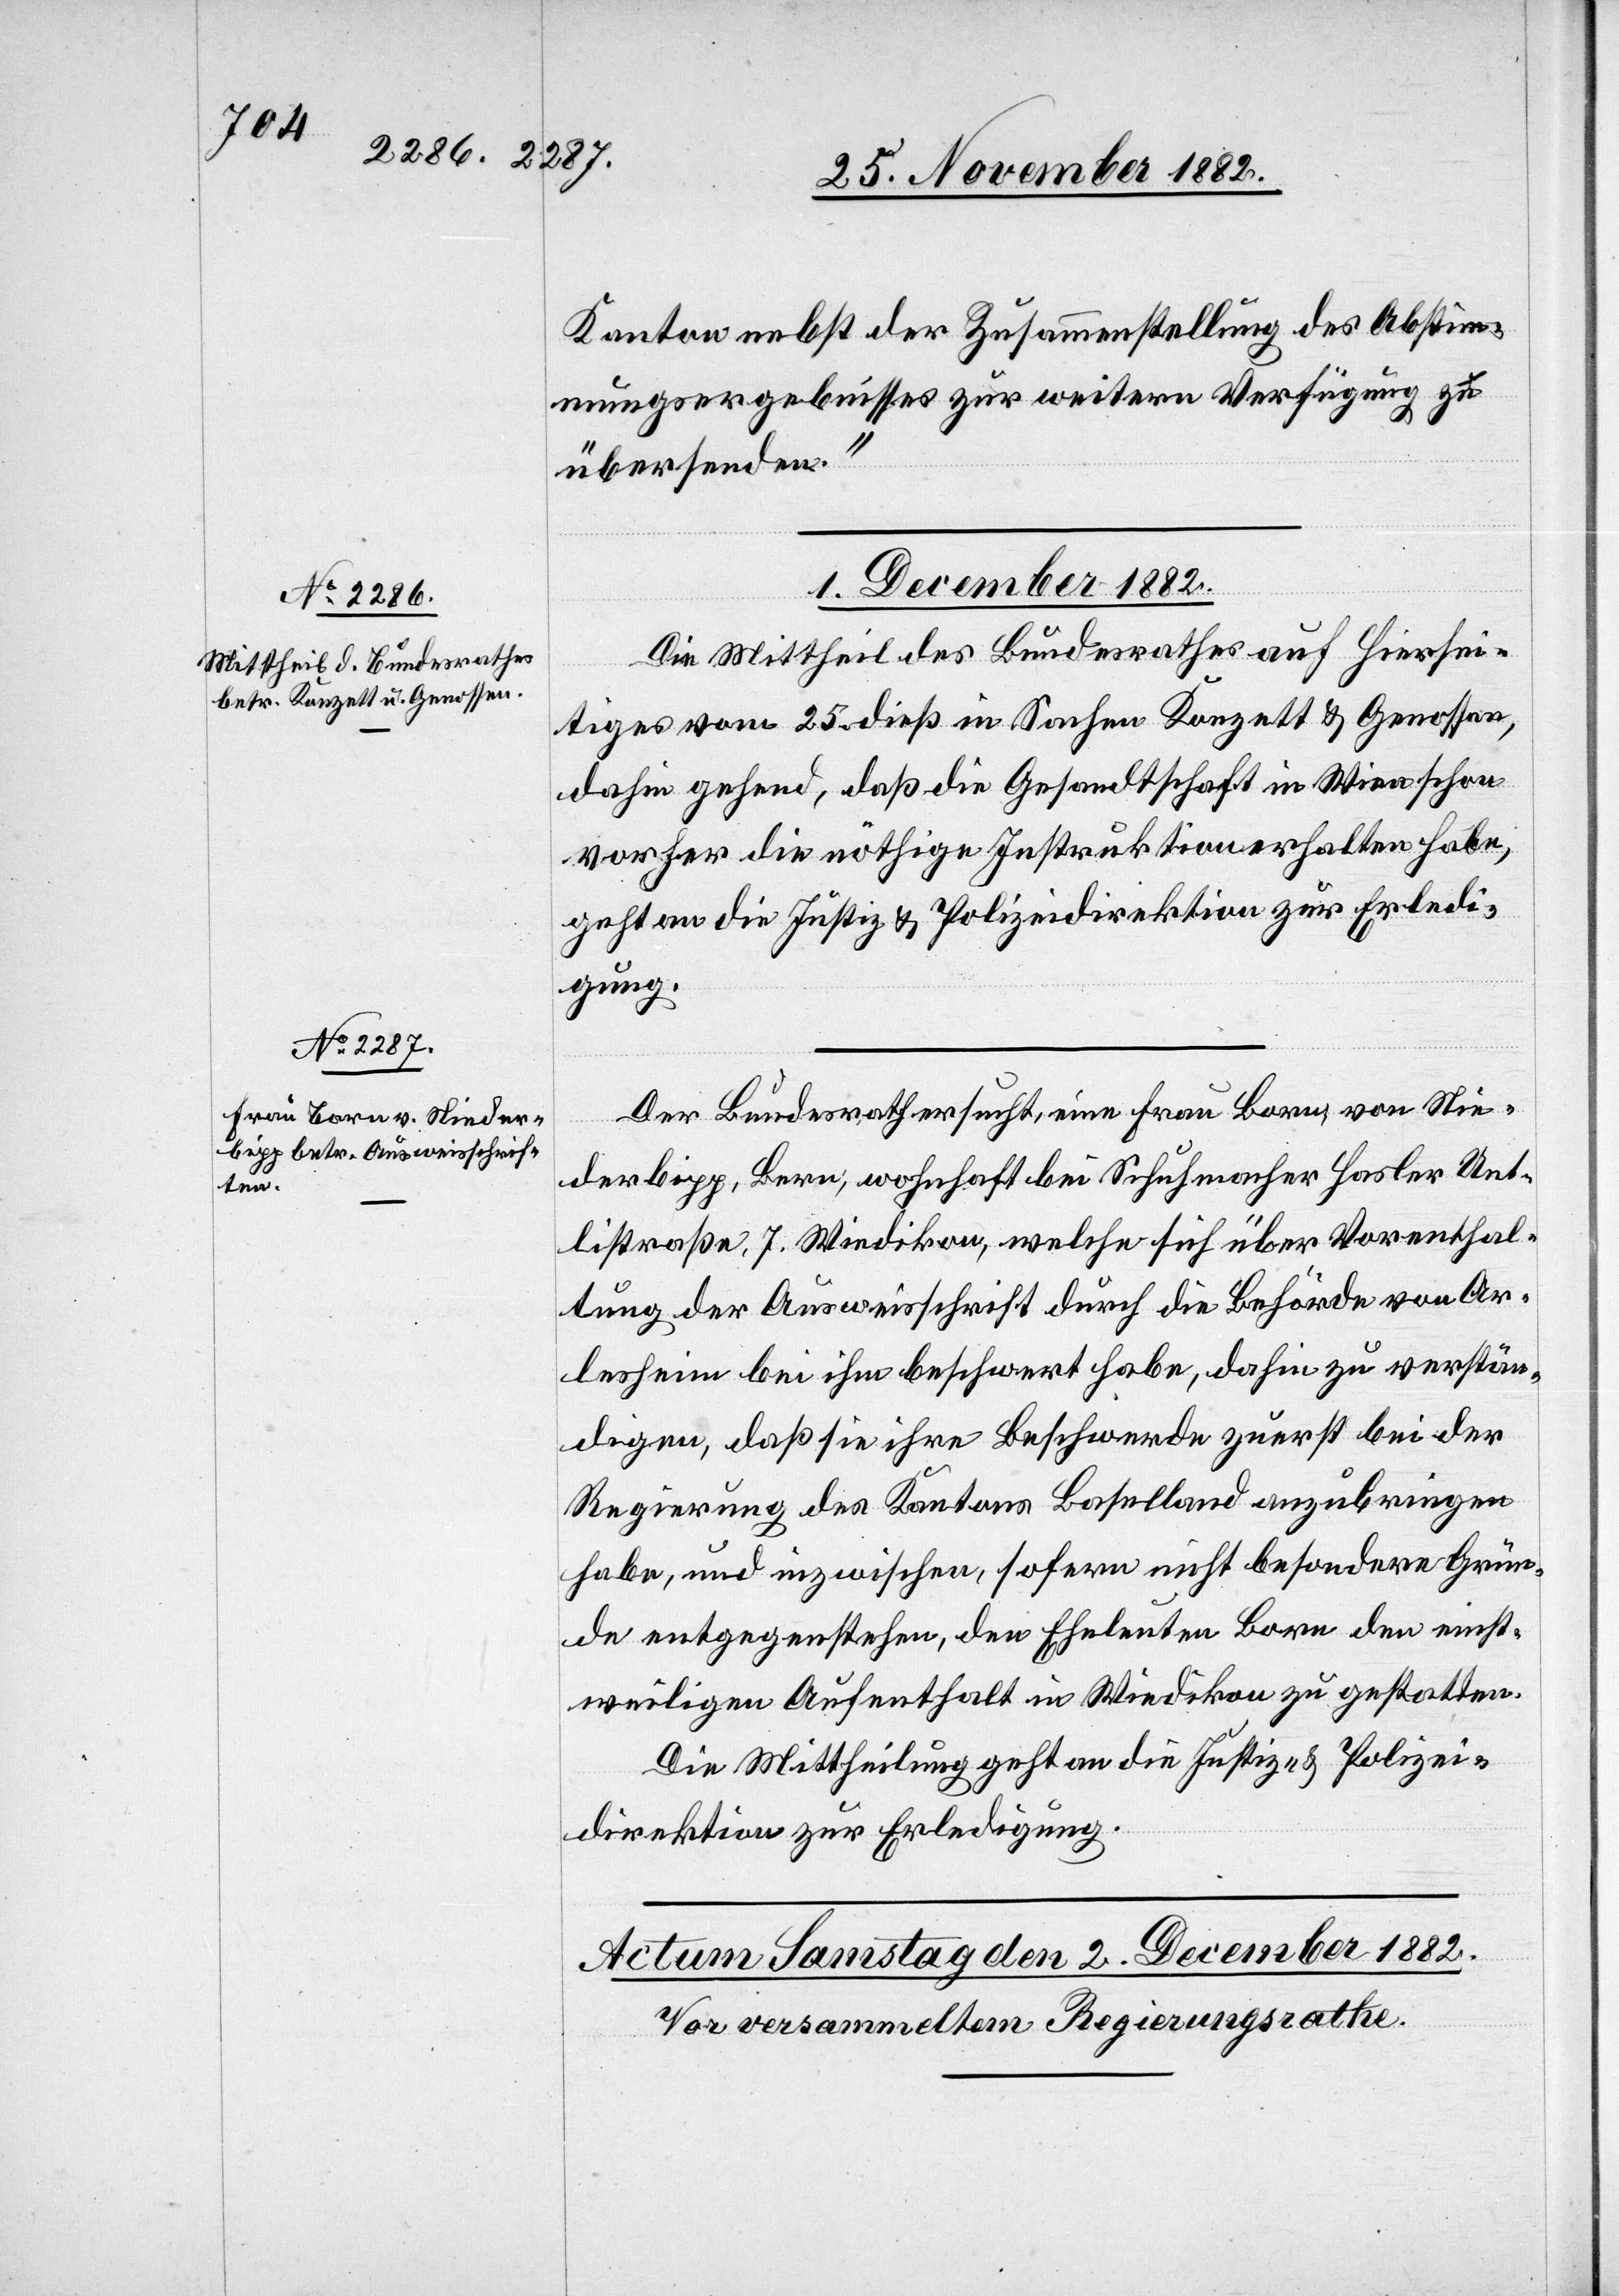
Kanton nebst der Zusammenstellung des Abstim¬
mungsergebnisses zur weitern Verfügung zu
übersenden.“
1. December 1882.]
Die Mittheil[ung] des Bundesrathes auf Hiersei¬
tiges vom 25. dieß in Sachen Konzett & Genossen,
dahin gehend, daß die Gesandtschaft in Wien schon
vorher die nöthige Instruktion erhalten habe,
geht an die Justiz- & Polizeidirektion zur Erledi¬
gung.
Der Bundesrath ersucht, eine Frau Born, von Nie¬
derbipp, Bern, wohnhaft bei Schuhmacher Hasler Uet¬
listraße, 7. Wiedikon, welche sich über Vorenthal¬
tung der Ausweisschrift[en] durch die Behörde von Ar¬
lesheim bei ihm beschwert habe, dahin zu verstän¬
digen, daß sie ihre Beschwerde zuerst bei der
Regierung des Kantons Baselland anzubringen
habe, und inzwischen, sofern nicht besondere Grün¬
de entgegenstehen, den Eheleuten Born den einst¬
weiligen Aufenthalt in Wiedikon zu gestatten.
Die Mittheilung geht an die Justiz- & Polizei¬
direktion zur Erledigung.